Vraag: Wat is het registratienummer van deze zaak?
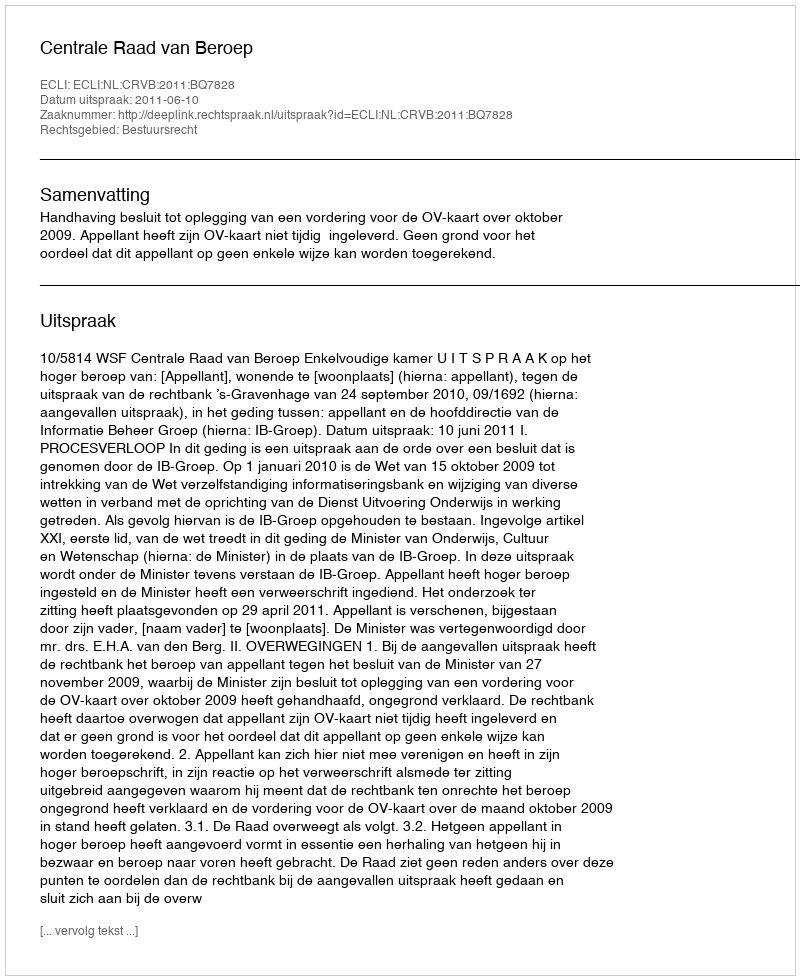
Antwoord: http://deeplink.rechtspraak.nl/uitspraak?id=ECLI:NL:CRVB:2011:BQ7828